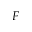
F